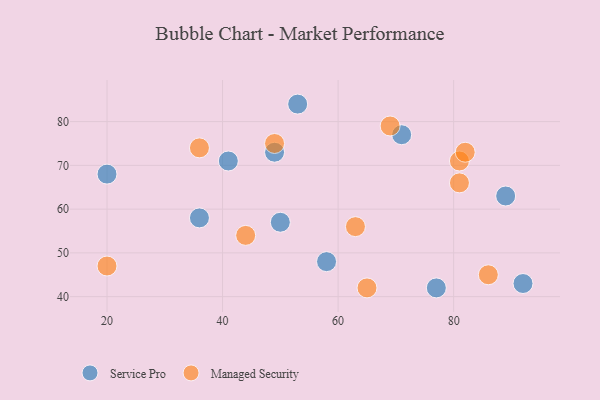
{"axis": {"x": "GDP", "y": "Life Expectancy"}, "legend": ["Managed Security", "Service Pro"], "data": [{"x": "58", "y": 48, "type": "Service Pro"}, {"x": "41", "y": 71, "type": "Service Pro"}, {"x": "77", "y": 42, "type": "Service Pro"}, {"x": "53", "y": 84, "type": "Service Pro"}, {"x": "89", "y": 63, "type": "Service Pro"}, {"x": "49", "y": 73, "type": "Service Pro"}, {"x": "36", "y": 58, "type": "Service Pro"}, {"x": "20", "y": 68, "type": "Service Pro"}, {"x": "71", "y": 77, "type": "Service Pro"}, {"x": "92", "y": 43, "type": "Service Pro"}, {"x": "50", "y": 57, "type": "Service Pro"}, {"x": "81", "y": 71, "type": "Managed Security"}, {"x": "63", "y": 56, "type": "Managed Security"}, {"x": "82", "y": 73, "type": "Managed Security"}, {"x": "20", "y": 47, "type": "Managed Security"}, {"x": "86", "y": 45, "type": "Managed Security"}, {"x": "49", "y": 75, "type": "Managed Security"}, {"x": "36", "y": 74, "type": "Managed Security"}, {"x": "69", "y": 79, "type": "Managed Security"}, {"x": "81", "y": 66, "type": "Managed Security"}, {"x": "44", "y": 54, "type": "Managed Security"}, {"x": "65", "y": 42, "type": "Managed Security"}]}